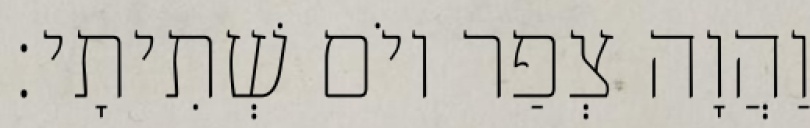
וַהֲוָה צְפַר יוֹם שְׁתִיתָי׃